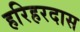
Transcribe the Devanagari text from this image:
हरिहरदास